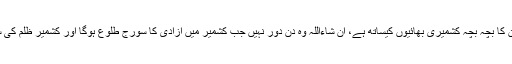
شہریوں کا کہنا ہے کہ پاکستان کا بچہ بچہ کشمیری بھائیوں کیساتھ ہے، ان شاءاللہ وہ دن دور نہیں جب کشمیر میں آزادی کا سورج طلوع ہوگا اور کشمیر ظلم کی سیاہ رات سے نجات پائیں گے۔